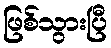
ဖြစ်သွားပြီ